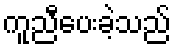
ကူညီပေးခဲ့သည်